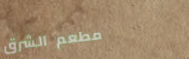
مطعم الشرق